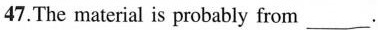
47.The material is probably from ___.